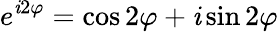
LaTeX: e^{\mathit{i}2\varphi}=\cos2\varphi+\mathit{i}\sin2\varphi